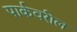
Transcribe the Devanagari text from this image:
पार्कवरील